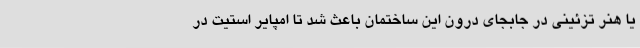
یا هنر تزئینی در جابجای درون این ساختمان باعث شد تا امپایر استیت در